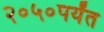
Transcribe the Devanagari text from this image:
२०५०पर्यंत